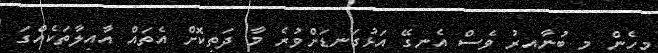
މިހެން މި ބުނާއިރު ވެސް އެނގޭ އަޅުގަނޑަށްވުރެ މާ ދަތިކޮށް އެތައް އާއިލާތަކެއްގަ